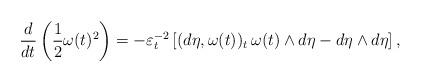
LaTeX: \begin{align*}\frac{d}{dt}\left( \frac{1}{2} \omega(t)^2 \right)=-\varepsilon^{-2}_t\left[(d\eta, \omega(t))_t \, \omega (t) \wedge d\eta-d\eta \wedge d \eta \right],\end{align*}